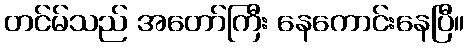
တင်မ်သည် အတော်ကြီး နေကောင်းနေပြီ။